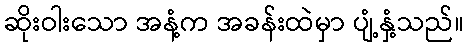
ဆိုးဝါးသော အနံ့က အခန်းထဲမှာ ပျံ့နှံ့သည်။